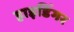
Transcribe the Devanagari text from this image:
हाइडिंगर